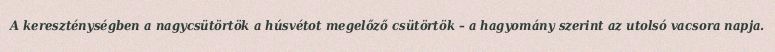
A kereszténységben a nagycsütörtök a húsvétot megelőző csütörtök – a hagyomány szerint az utolsó vacsora napja.